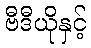
ဗီဒီယိုနှင့်